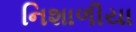
નિશાળીયા